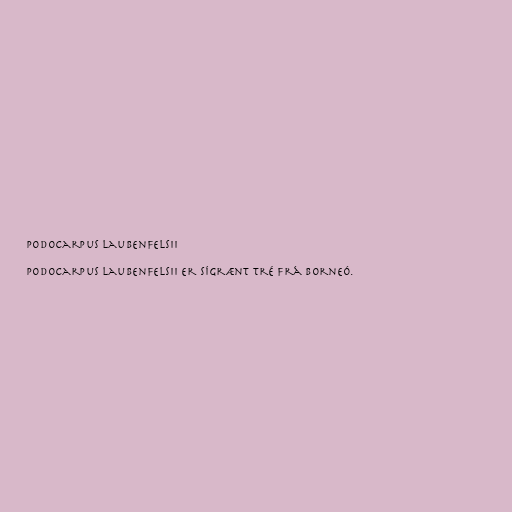
Podocarpus laubenfelsii

Podocarpus laubenfelsii er sígrænt tré frá Borneó.